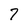
Character: 7